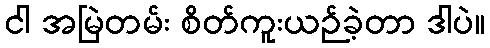
ငါ အမြဲတမ်း စိတ်ကူးယဉ်ခဲ့တာ ဒါပဲ။